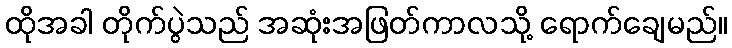
ထိုအခါ တိုက်ပွဲသည် အဆုံးအဖြတ်ကာလသို့ ရောက်ချေမည်။